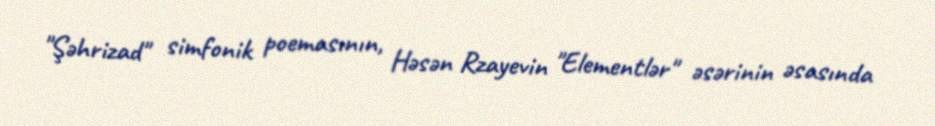
"Şəhrizad" simfonik poemasının, Həsən Rzayevin "Elementlər" əsərinin əsasında